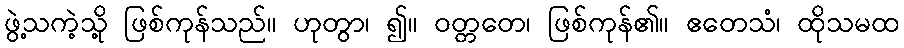
ဖွဲ့သကဲ့သို့ ဖြစ်ကုန်သည်။ ဟုတွာ၊ ၍။ ဝတ္တတေ၊ ဖြစ်ကုန်၏။ ဧတေသံ၊ ထိုသမထ